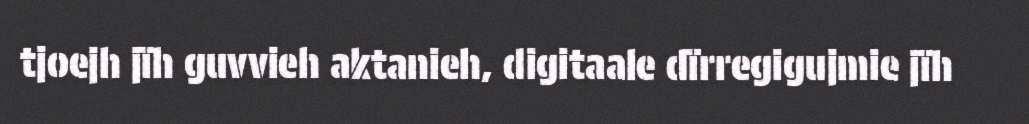
tjoejh jïh guvvieh aktanieh, digitaale dïrregigujmie jïh